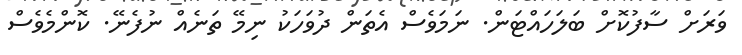
ވަރަށް ސާފުކޮށް ބަލަހައްޓަން. ނަމަވެސް އެތަން ދުވަހަކު ނިމޭ ތަނެއް ނުފެނޭ. ކޮންމެވެސް